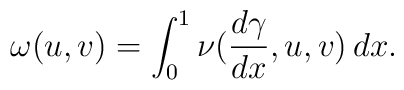
\omega(u,v)=\int_0^1\nu(\frac{d\gamma}{dx},u,v)\,dx.